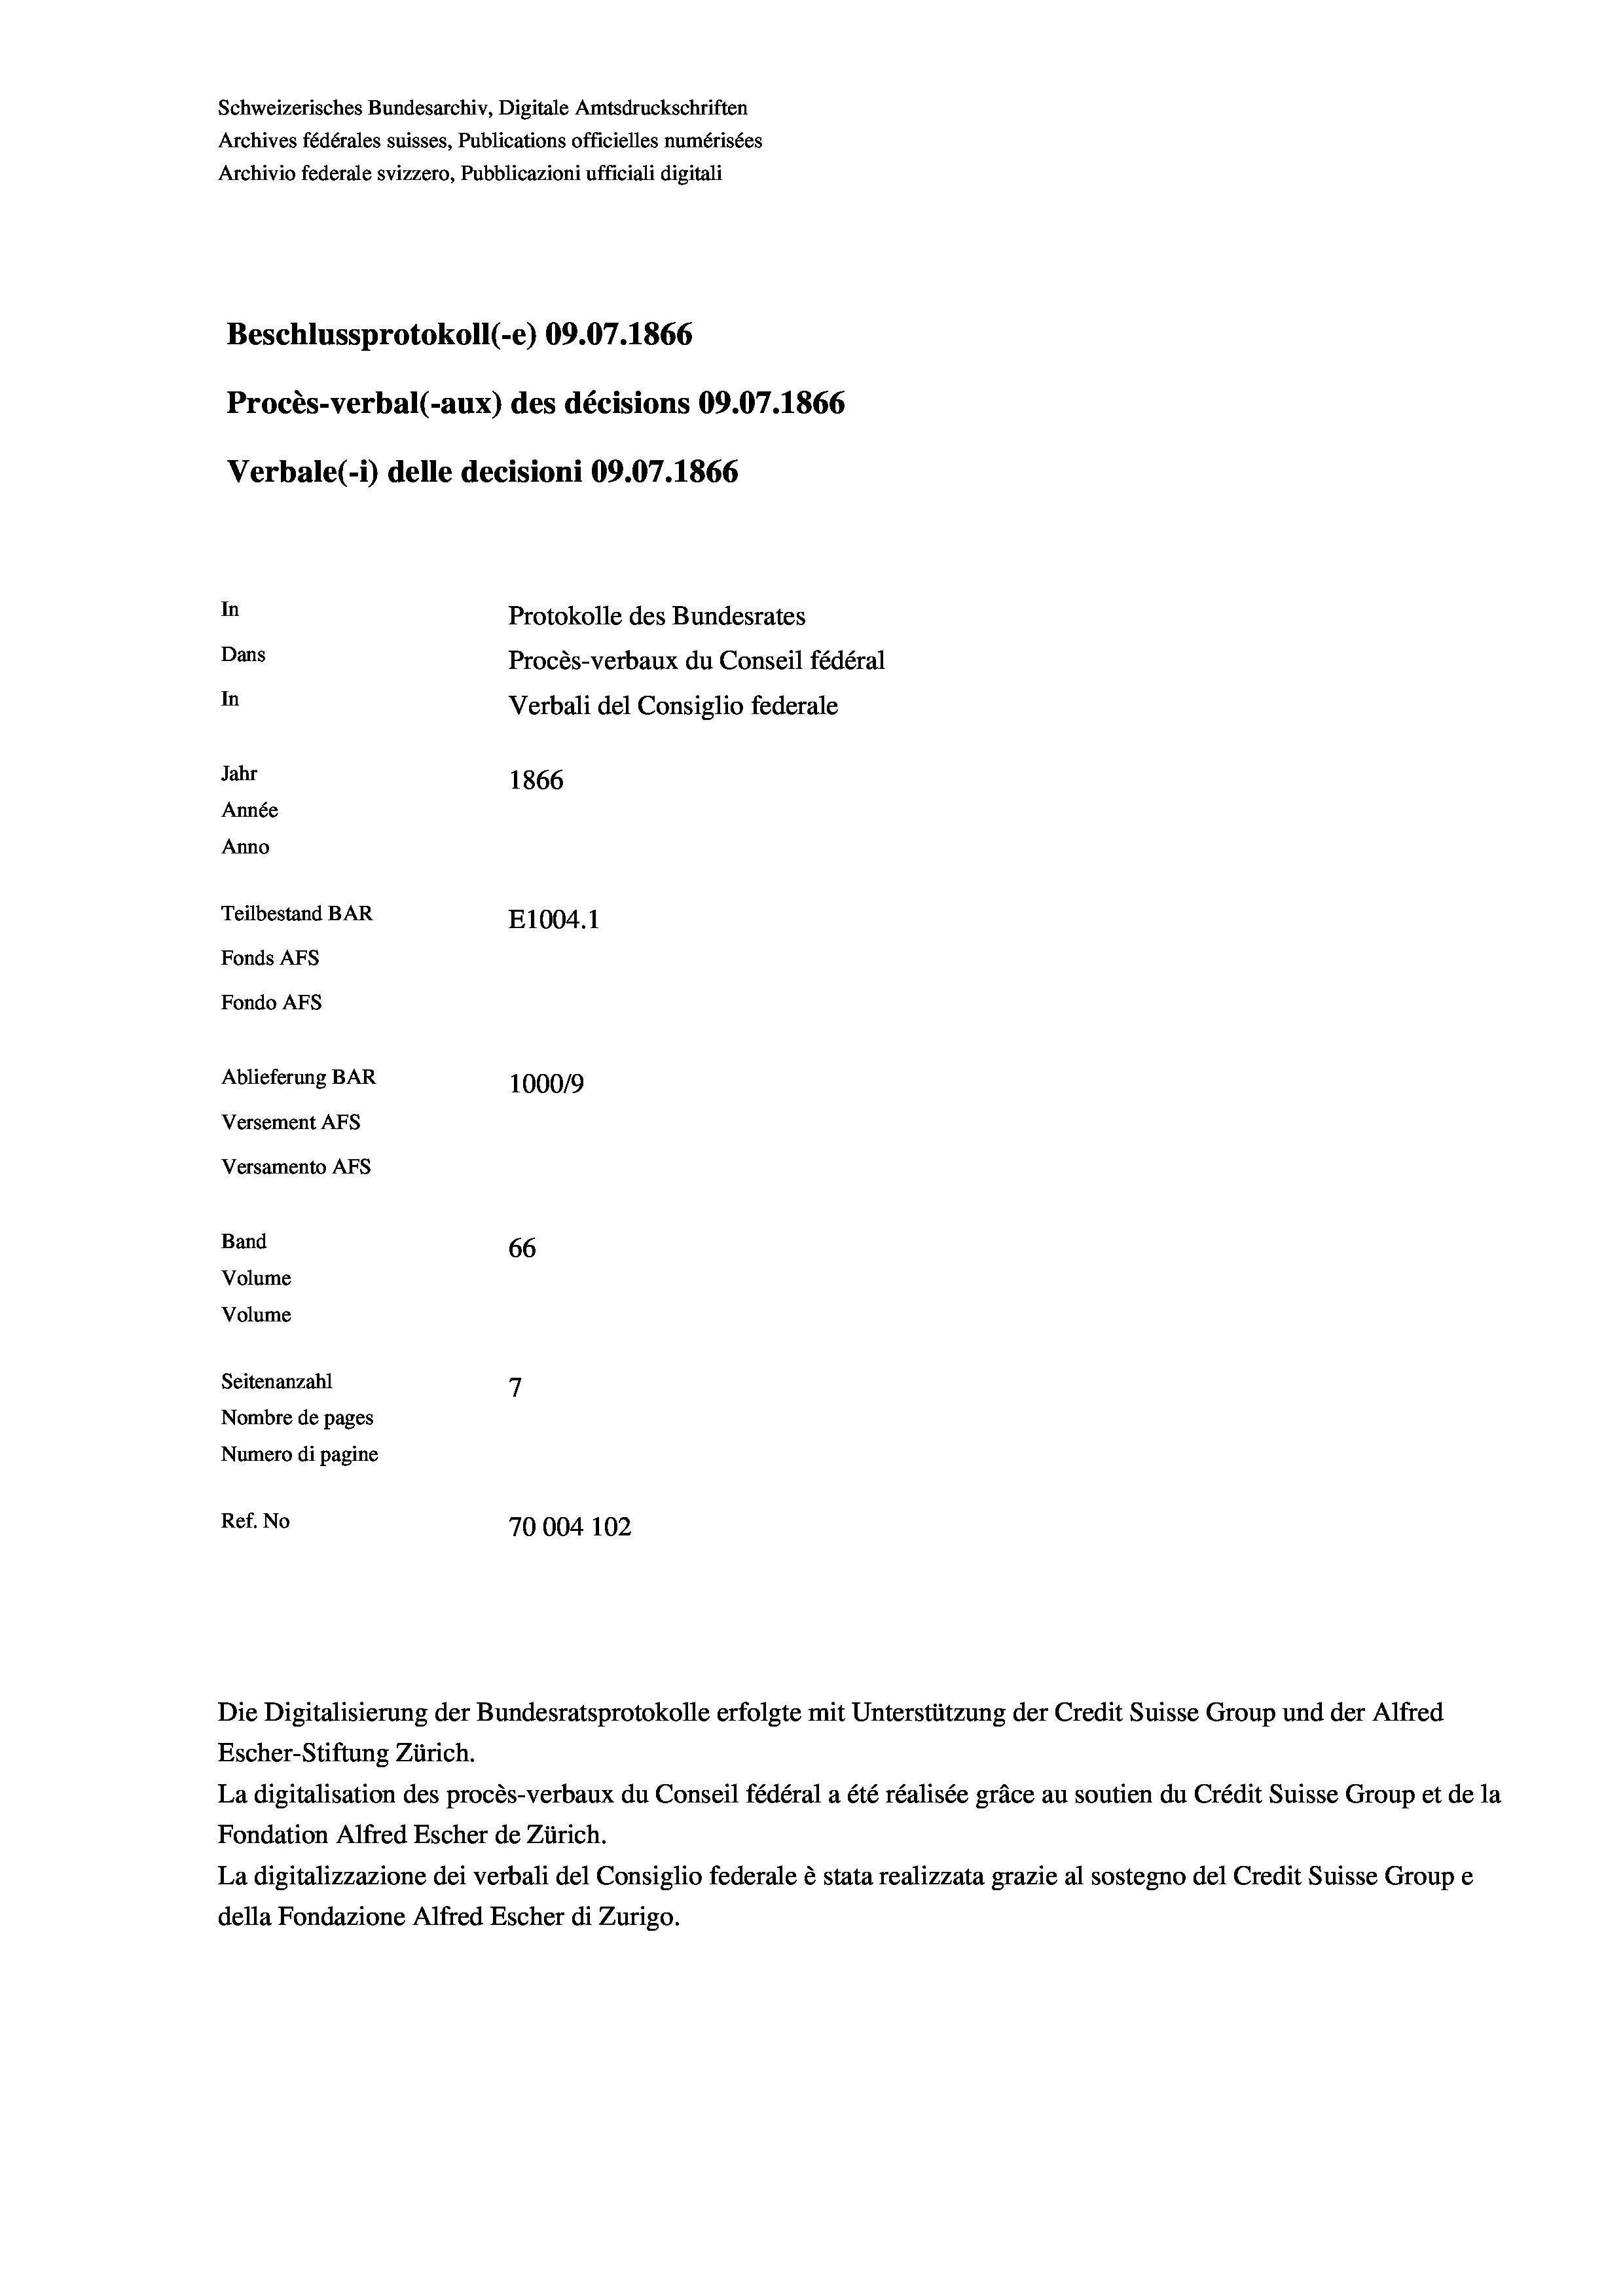
Schweizerisches Bundesarchiv, Digitale Amtsdruckschriften
Archives fédérales suisses, Publications officielles numérisées
Archivio federale svizzero, Pubblicazioni ufficiali digitali
Beschlussprotokoll (-e) 09.07. 1866
Procès-verbal (-aux) des décisions 09.07.1866
Verbale (i) delle decisioni 09.07. 1866
In
Protokolle des Bundesrates
Dans
Procès-verbaux du Conseil fédéral
In
Verbali del Consiglio federale
Jahr
1866
Année
Anno
Teilbestand BAR
E1004.1
Fonds Afs
Fondo AFs
Ablieferung BAR
100019
Versement Abs
Versamento Afs
Band
66
Volume
Volume
7
Seitenanzahl
Nombre de pages
Numero di pagine
Ref. No
70004 102

Escher-Stiftung Zürich.
La digitalisation des procès-verbaux du Conseil fédéral a été réalisée gräce au soutien du Crédit Suisse Group et de la
Fondation Alfred Escher de Zürich.
La digitalizzazione dei verbali del Consiglio federale è stata realizzata grazie al sostegno del Credit Suisse Groupe
della Fondazione Alfred Escher di Zurigo.

Die Digitalisierung der Bundesratsprotokolle erfolgte mit Unterstützung der Credit Suisse Group und der Alfred